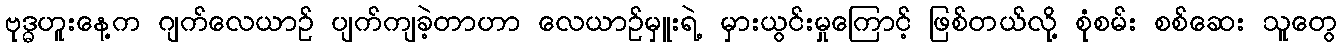
ဗုဒ္ဓဟူးနေ့က ဂျက်လေယာဉ် ပျက်ကျခဲ့တာဟာ လေယာဉ်မှူးရဲ့ မှားယွင်းမှုကြောင့် ဖြစ်တယ်လို့ စုံစမ်း စစ်ဆေး သူတွေ